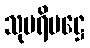
သုပရိမဋ္ဌေ